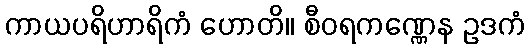
ကာယပရိဟာရိကံ ဟောတိ။ စီဝရကဏ္ဏေန ဥဒကံ